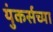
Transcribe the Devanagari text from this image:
युंकर्सच्या